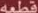
قطعه